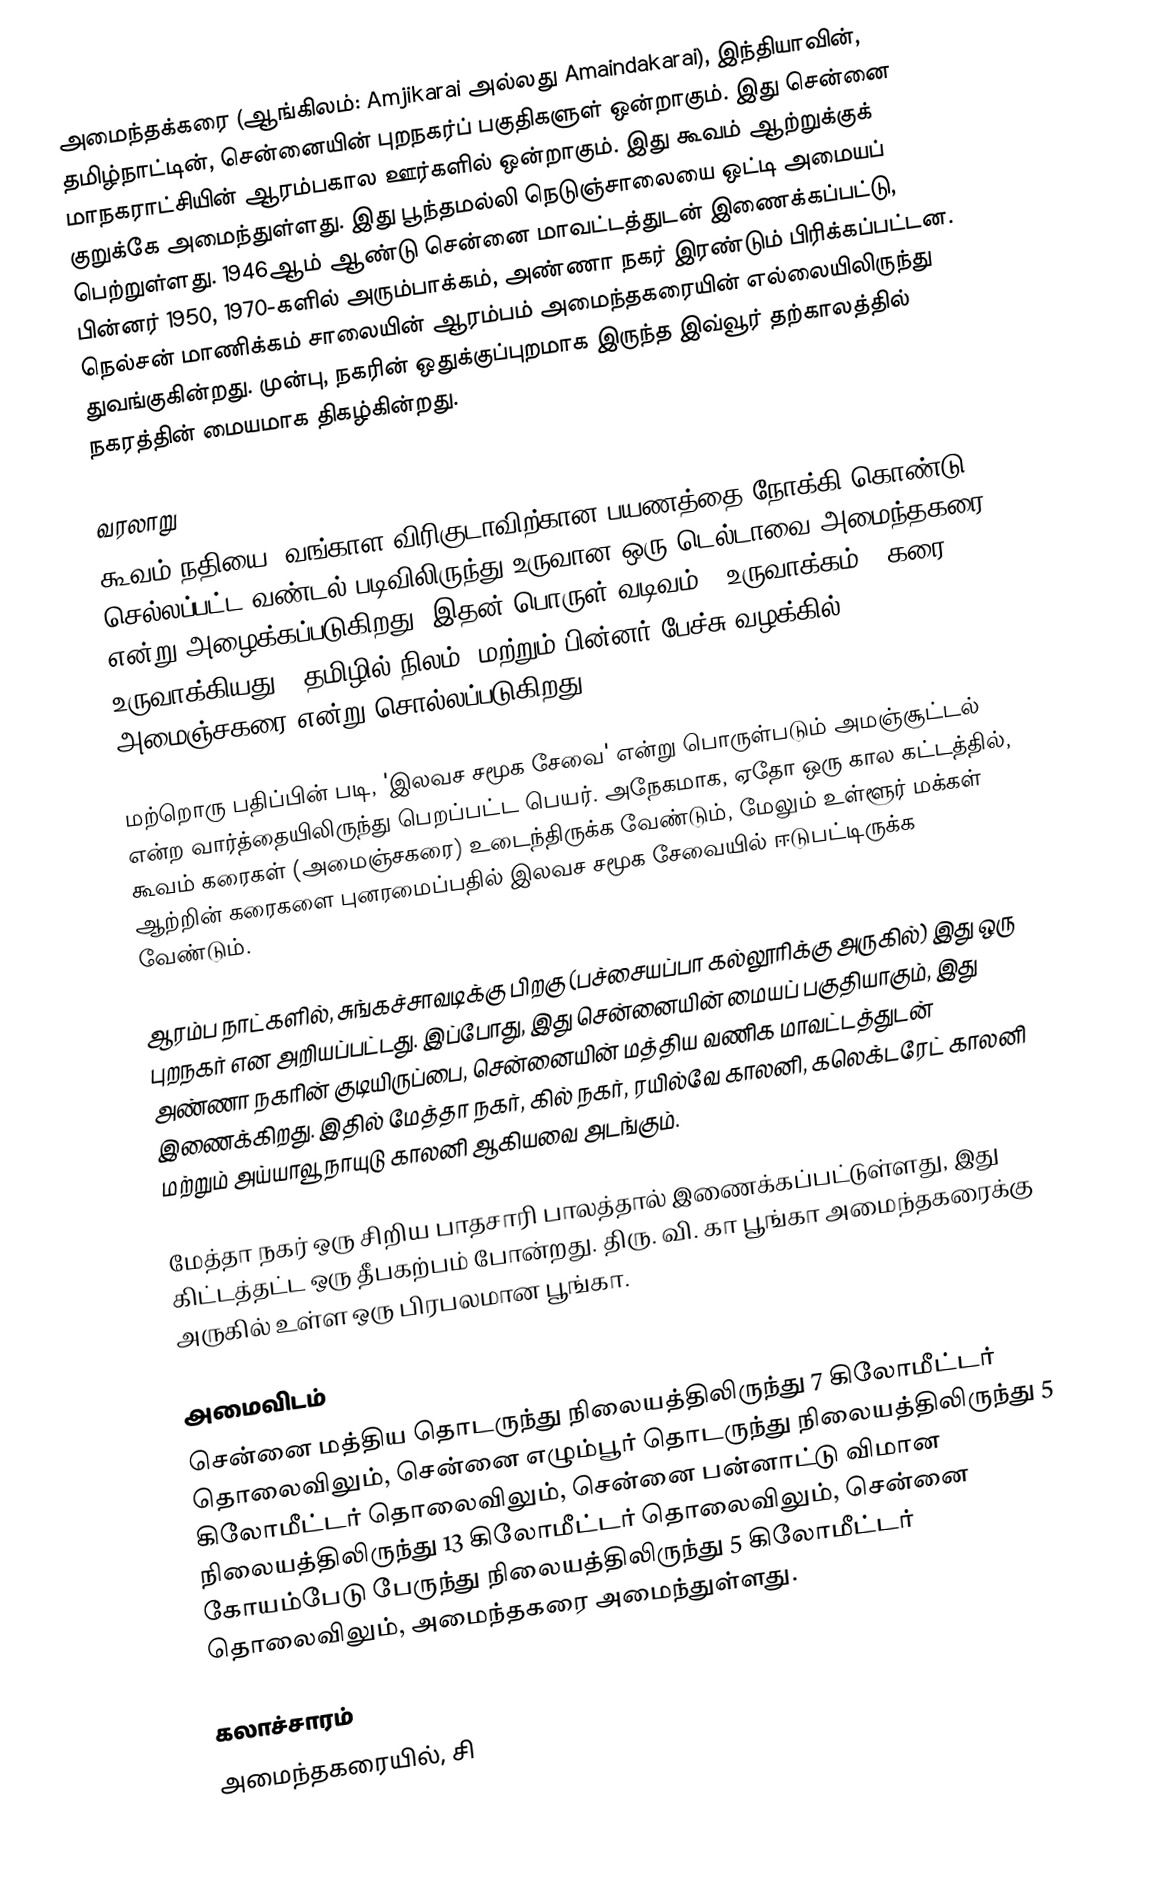
அமைந்தக்கரை (ஆங்கிலம்: Amjikarai அல்லது Amaindakarai), இந்தியாவின், தமிழ்நாட்டின், சென்னையின் புறநகர்ப் பகுதிகளுள் ஒன்றாகும். இது சென்னை மாநகராட்சியின் ஆரம்பகால ஊர்களில் ஒன்றாகும். இது கூவம் ஆற்றுக்குக் குறுக்கே அமைந்துள்ளது. இது பூந்தமல்லி நெடுஞ்சாலையை ஒட்டி அமையப் பெற்றுள்ளது. 1946ஆம் ஆண்டு சென்னை மாவட்டத்துடன் இணைக்கப்பட்டு, பின்னர் 1950, 1970-களில் அரும்பாக்கம், அண்ணா நகர் இரண்டும் பிரிக்கப்பட்டன. நெல்சன் மாணிக்கம் சாலையின் ஆரம்பம் அமைந்தகரையின் எல்லையிலிருந்து துவங்குகின்றது. முன்பு, நகரின் ஒதுக்குப்புறமாக இருந்த இவ்வூர் தற்காலத்தில் நகரத்தின் மையமாக திகழ்கின்றது.

வரலாறு
கூவம் நதியை, வங்காள விரிகுடாவிற்கான பயணத்தை நோக்கி கொண்டு செல்லப்பட்ட வண்டல் படிவிலிருந்து உருவான ஒரு டெல்டாவை அமைந்தகரை என்று அழைக்கப்படுகிறது (இதன் பொருள் வடிவம் / உருவாக்கம் / கரை உருவாக்கியது / தமிழில் நிலம்) மற்றும் பின்னர் பேச்சு வழக்கில் அமைஞ்சகரை என்று சொல்லப்படுகிறது.

மற்றொரு பதிப்பின் படி, 'இலவச சமூக சேவை' என்று பொருள்படும் அமஞ்சூட்டல் என்ற வார்த்தையிலிருந்து பெறப்பட்ட பெயர். அநேகமாக, ஏதோ ஒரு கால கட்டத்தில், கூவம் கரைகள் (அமைஞ்சகரை) உடைந்திருக்க வேண்டும், மேலும் உள்ளூர் மக்கள் ஆற்றின் கரைகளை புனரமைப்பதில் இலவச சமூக சேவையில் ஈடுபட்டிருக்க வேண்டும்.

ஆரம்ப நாட்களில், சுங்கச்சாவடிக்கு பிறகு (பச்சையப்பா கல்லூரிக்கு அருகில்) இது ஒரு புறநகர் என அறியப்பட்டது. இப்போது, இது சென்னையின் மையப் பகுதியாகும், இது அண்ணா நகரின் குடியிருப்பை, சென்னையின் மத்திய வணிக மாவட்டத்துடன் இணைக்கிறது. இதில் மேத்தா நகர், கில் நகர், ரயில்வே காலனி, கலெக்டரேட் காலனி மற்றும் அய்யாவூ நாயுடு காலனி ஆகியவை அடங்கும்.

மேத்தா நகர் ஒரு சிறிய பாதசாரி பாலத்தால் இணைக்கப்பட்டுள்ளது, இது கிட்டத்தட்ட ஒரு தீபகற்பம் போன்றது. திரு. வி. கா பூங்கா அமைந்தகரைக்கு அருகில் உள்ள ஒரு பிரபலமான பூங்கா.

அமைவிடம்
சென்னை மத்திய தொடருந்து நிலையத்திலிருந்து 7 கிலோமீட்டர் தொலைவிலும், சென்னை எழும்பூர் தொடருந்து நிலையத்திலிருந்து 5 கிலோமீட்டர் தொலைவிலும், சென்னை பன்னாட்டு விமான நிலையத்திலிருந்து 13 கிலோமீட்டர் தொலைவிலும், சென்னை கோயம்பேடு பேருந்து நிலையத்திலிருந்து 5 கிலோமீட்டர் தொலைவிலும், அமைந்தகரை அமைந்துள்ளது.

கலாச்சாரம்
அமைந்தகரையில், சி